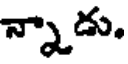
న్నాడు.